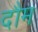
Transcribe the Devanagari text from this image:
दौम